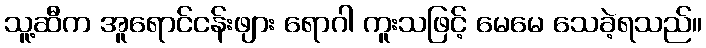
သူ့ဆီက အူရောင်ငန်းဖျား ရောဂါ ကူးသဖြင့် မေမေ သေခဲ့ရသည်။